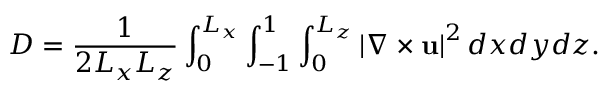
D = \frac { 1 } { 2 L _ { x } L _ { z } } \int _ { 0 } ^ { L _ { x } } \int _ { - 1 } ^ { 1 } \int _ { 0 } ^ { L _ { z } } \left| \nabla \times \mathbf { u } \right| ^ { 2 } d x d y d z .